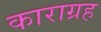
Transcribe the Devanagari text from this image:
काराग्रह